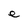
Character: e